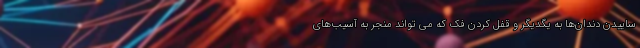
ساییدن دندان‌ها به یگدیگر و قفل کردن فک که می تواند منجر به آسیب‌های